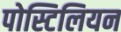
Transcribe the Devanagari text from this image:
पोस्टिलियन